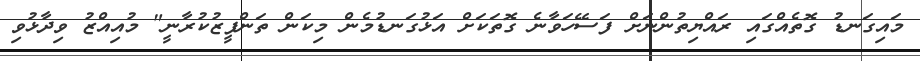
މައިގަނޑު ގޮތެއްގައި ރައްޔިތުންނަށް ފަސޭހަވާނެ ގޮތަކަށް އަޅުގަނޑުމެން މިކަން ތަންފީޒުކުރާނީ" މުއިއްޒު ވިދާޅުވި